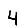
Digit: 4